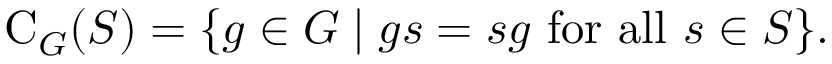
\mathrm { C } _ { G } ( S ) = \{ g \in G \mid g s = s g { \mathrm { ~ f o r ~ a l l ~ } } s \in S \} .